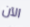
الآن